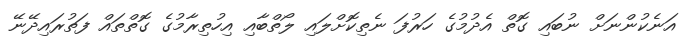
އަނެކުންނަށް ނުބައި ގޮތް އެދުމުގެ ހަރުފަ ނެތިކޮށްލައި ލޯތްބާއި އިހުތިރާމުގެ ގޮތްތައް ފަތުރައިދޭނޭ